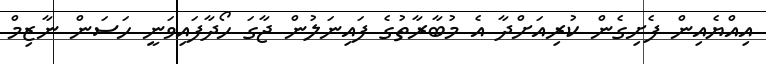
އިއްޔެއިން ފެށިގެން ކުރިއަށްދާ އެ މުބާރާތުގެ ފައިނަލުން ޖާގަ ހޯދާފައިވަނީ ހަސަން ނާޒިމް